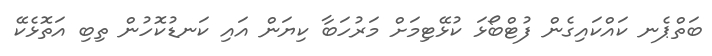
ބަތްޕެނ ކައްކައިގެން ފުޓްބޯޅަ ކުޅޭޓިމަށް މަރުހަބާ ކިޔަން އައި ކަނޑުކޮހުން ތިބި އަތޮޅެކޭ